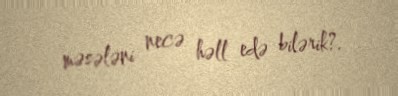
məsələni necə həll edə bilərik?.